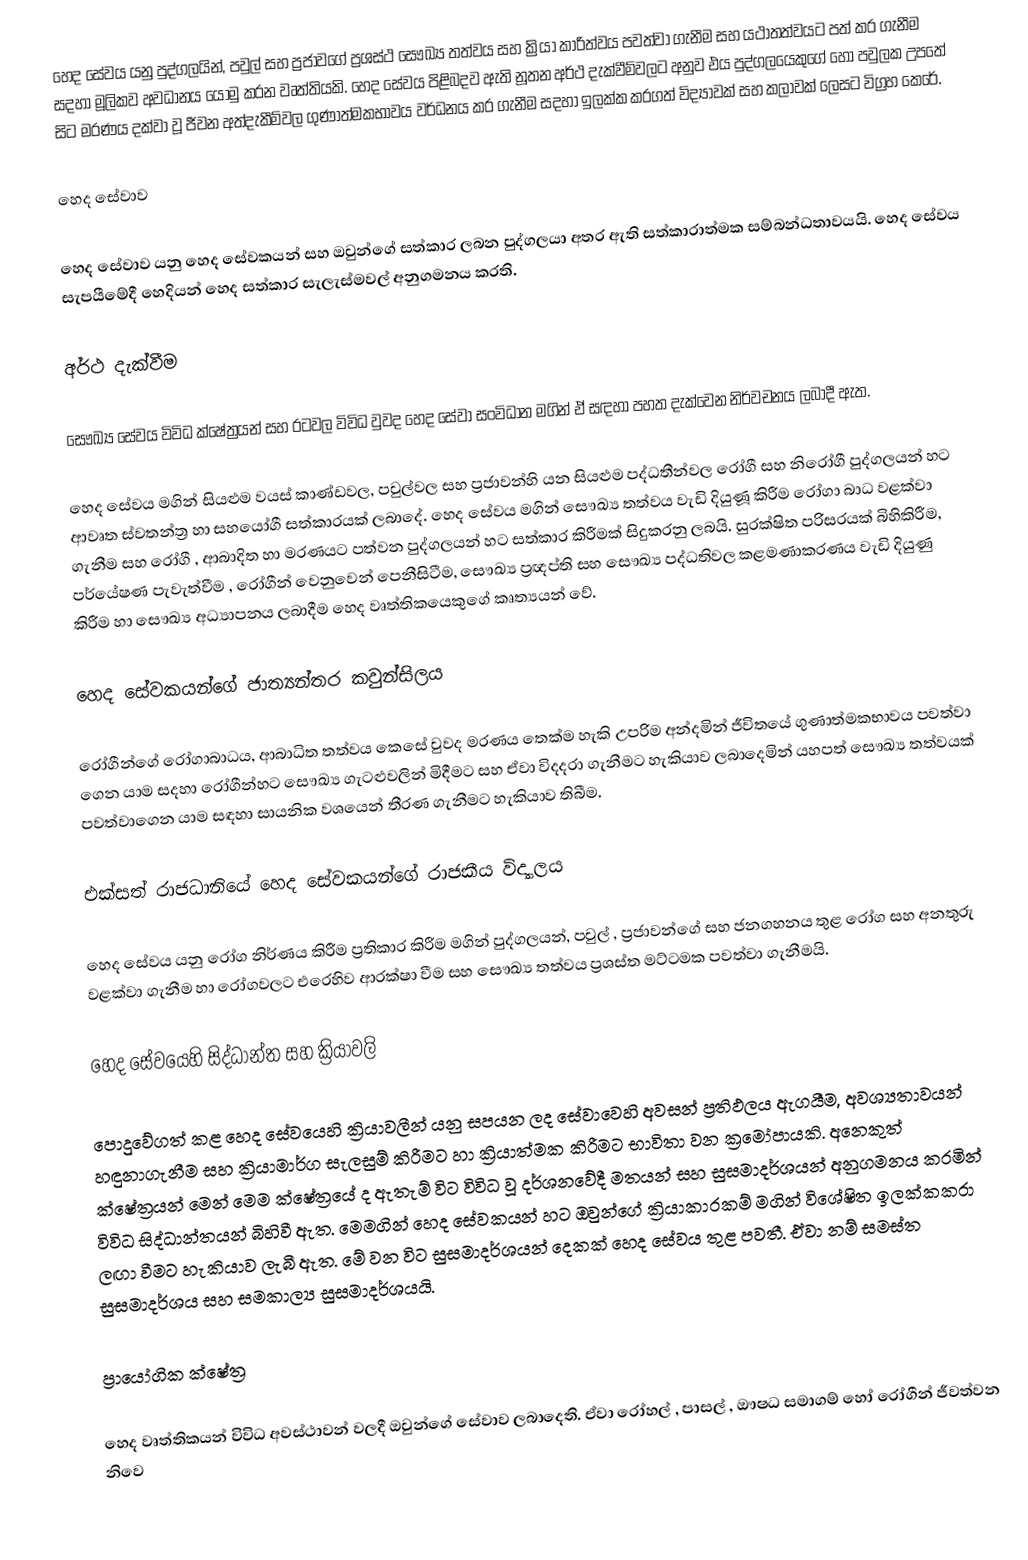
හෙද සේවය යනු පුද්ගලයින්, පවුල් සහ ප්‍රජාවගේ ප්‍රශස්ථ සෞඛ්‍ය තත්වය සහ ක්‍රියා කාරිත්වය පවත්වා ගැනීම සහ යථාතත්වයට පත් කර ගැනීම සදහා මූලිකව අවධානය යොමු කරන වෘත්තියකි. හෙද සේවය පිළිබදව ඇති නූතන අර්ථ දැක්වීම්වලට අනුව එය පුද්ගලයෙකුගේ හෝ පවුලක උපතේ සිට මරණය දක්වා වූ ජීවන අත්දැකීම්වල ගුණාත්මකභාවය වර්ධනය කර ගැනීම සදහා ඉලක්ක කරගත් විද්‍යාවක් සහ කලාවක් ලෙසට විග්‍රහ කෙරේ.

හෙද සේවාව

හෙද සේවාව යනු හෙද සේවකයන් සහ ඔවුන්ගේ සත්කාර ලබන පුද්ගලයා අතර ඇති සත්කාරාත්මක සම්බන්ධතාවයයි. හෙද සේවය සැපයීමේදී හෙදියන් හෙද සත්කාර සැලැස්මවල් අනුගමනය කරති.

අර්ථ දැක්වීම

සෞඛ්‍ය සේවය විවිධ ක්ෂේත්‍රයන් සහ රටවල විවිධ වුවද හෙද සේවා සංවිධාන මගින් ඒ සඳහා පහත දැක්වෙන නිර්වචනය ලබාදී ඇත.

හෙද සේවය මගින් සියළුම වයස් කාණ්ඩවල, පවුල්වල සහ ප්‍රජාවන්හි යන සියළුම පද්ධතීන්වල රෝගී සහ නිරෝගී පුද්ගලයන් හට ආවෘත ස්වතන්ත්‍ර හා සහයෝගී සත්කාරයක් ලබාදේ. හෙද සේවය මගින් සෞඛ්‍ය තත්වය වැඩි දියුණූ කිරීම රෝගා බාධ වළක්වා ගැනීම සහ රෝගී , ආබාදිත හා මරණයට පත්වන පුද්ගලයන් හට සත්කාර කිරීමක් සිදුකරනු ලබයි. සුරක්ෂිත පරිසරයක් බිහිකිරීම, පර්යේෂණ පැවැත්වීම , රෝගීන් වෙනුවෙන් පෙනීසිටීම, සෞඛ්‍ය ප්‍රඥප්ති සහ සෞඛ්‍ය පද්ධතිවල කළමණාකරණය වැඩි දියුණු කිරීම හා සෞඛ්‍ය අධ්‍යාපනය ලබාදීම හෙද වෘත්තිකයෙකුගේ කෘත්‍යයන් වේ.

හෙද සේවකයන්ගේ ජාත්‍යන්තර කවුන්සිලය

රෝගීන්ගේ රෝගාබාධය, ආබාධිත තත්වය කෙසේ වුවද මරණය තෙක්ම හැකි උපරිම අන්දමින් ජීවි‍තයේ ගුණාත්මකභාවය පවත්වා ගෙන යාම සදහා රෝගීන්හට සෞඛ්‍ය ගැටළුවලින් මිදීමට සහ ඒවා විදදරා ගැනීමට හැකියාව ලබාදෙමින් යහපත් සෞඛ්‍ය තත්වයක් පවත්වාගෙන යාම සඳහා සායනික වශයෙන් තීරණ ගැනීමට හැකියාව තිබීම.

එක්සත් රාජධානියේ හෙද සේවකයන්ගේ රාජකීය විද්‍යාලය

හෙද සේවය යනු රෝග නිර්ණය කිරීම ප්‍රතිකාර කිරීම මගින් පුද්ගලයන්, පවුල් , ප්‍රජාවන්ගේ සහ ජනගහනය තුළ රෝග සහ අනතුරු වළක්වා ගැනීම හා රෝගවලට එරෙහිව ආරක්ෂා වීම සහ සෞඛ්‍ය තත්වය ප්‍රශස්ත මට්ටමක පවත්වා ගැනීමයි.

හෙද සේවයෙහි සිද්ධාන්ත සහ ක්‍රියාවලි

පොදුවේගත් කළ හෙද සේවයෙහි ක්‍රියාවලීන් යනු සපයන ලද සේවාවෙහි අවසන් ප්‍රතිඵලය ඇගයීම, අවශ්‍යතාවයන් හඳුනාගැනීම සහ ක්‍රියාමාර්ග සැලසුම් කිරීමට හා ක්‍රියාත්මක කිරීමට භාවිතා වන ක්‍රමෝපායකි. අනෙකුත් ක්ෂේත්‍රයන් මෙන් මෙම ක්ෂේත්‍රයේ ද ඇතැම් විට විවිධ වූ දර්ශනවේදී මතයන් සහ සුසමාදර්ශයන් අනුගමනය කරමින් විවිධ සිද්ධාන්තයන් බිහිවී ඇත. මෙමගින් හෙද සේවකයන් හට ඔවුන්ගේ ක්‍රියාකාරකම් මගින් විශේෂිත ඉලක්කකරා  ලඟා වීමට හැකියාව ලැබී ඇත. මේ වන විට සුසමාදර්ශයන් දෙකක් හෙද සේවය තුළ පවතී. ඒවා නම් සමස්ත සුසමාදර්ශය සහ සමකාල්‍ය සුසමාදර්ශයයි.

ප්‍රායෝගික ක්ෂේත්‍ර

හෙද වෘත්තිකයන් විවිධ අවස්ථාවන් වලදී ඔවුන්ගේ සේවාව ලබාදෙති. ඒවා රෝහල් , පාසල් , ඖෂධ සමාගම් හෝ රෝගීන් ජීවත්වන නිවෙ